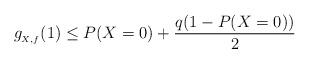
LaTeX: \begin{align*} \begin{aligned} g_{_{X,f}}(1) \leq P(X=0)+\frac{q(1-P(X=0))}{2} \end{aligned}\end{align*}